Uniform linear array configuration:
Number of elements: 16
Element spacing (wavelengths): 0.5
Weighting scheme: exponential
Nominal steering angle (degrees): -45
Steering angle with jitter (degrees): -44.674
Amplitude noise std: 0.05
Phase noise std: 0.05

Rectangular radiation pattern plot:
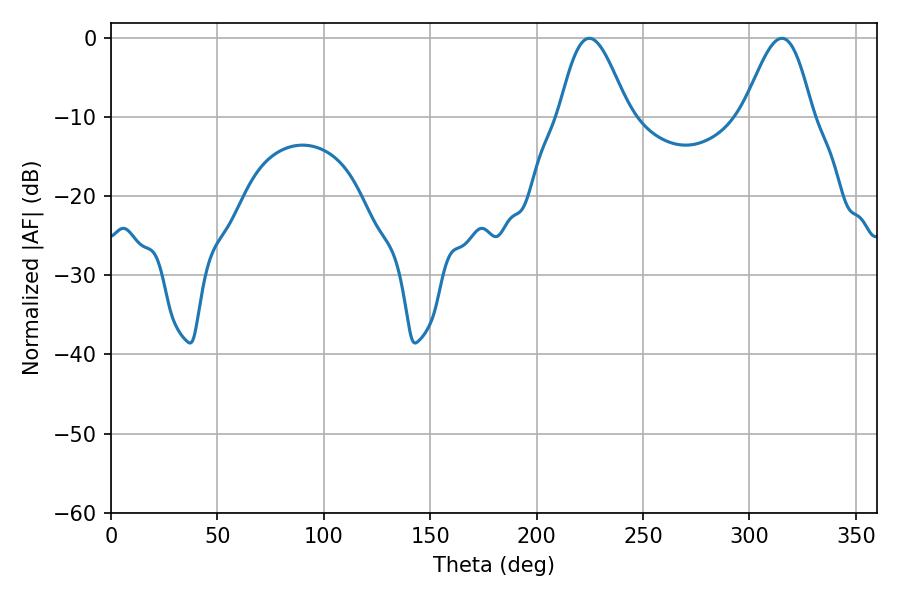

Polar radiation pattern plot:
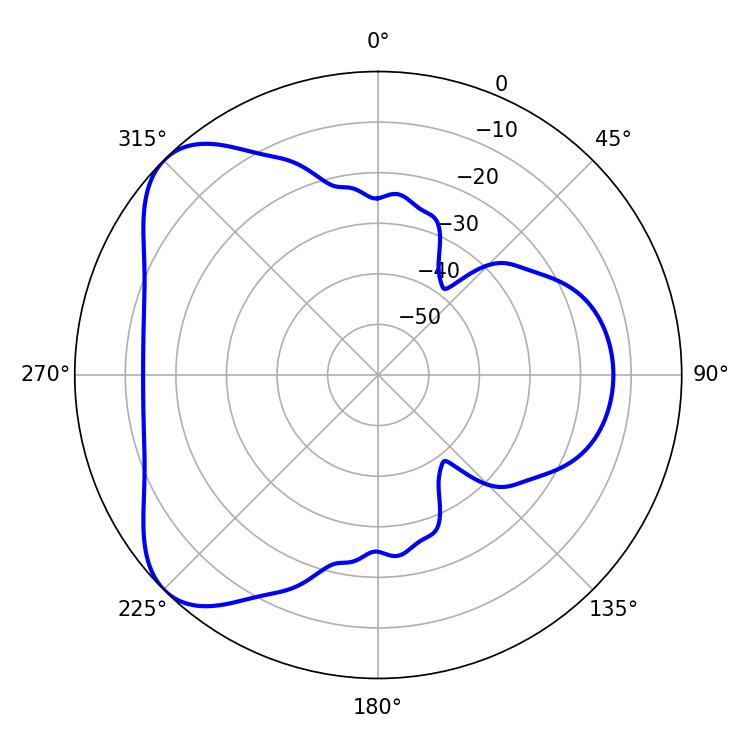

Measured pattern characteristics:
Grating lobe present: FALSE
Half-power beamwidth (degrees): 17.28
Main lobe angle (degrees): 315.18